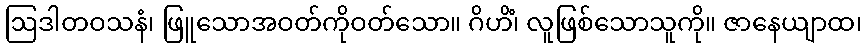
ဩဒါတဝသနံ၊ ဖြူသောအဝတ်ကိုဝတ်သော။ ဂိဟိံ၊ လူဖြစ်သောသူကို။ ဇာနေယျာထ၊